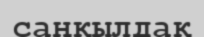
саңқылдақ